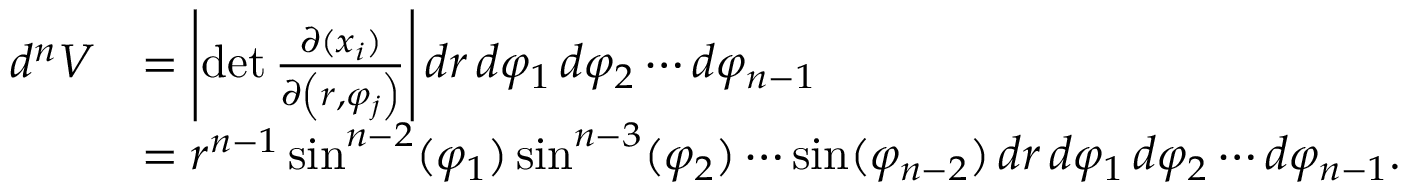
{ \begin{array} { r l } { d ^ { n } V } & { = \left| \operatorname* { d e t } { \frac { \partial ( x _ { i } ) } { \partial \left( r , \varphi _ { j } \right) } } \right| d r \, d \varphi _ { 1 } \, d \varphi _ { 2 } \cdots d \varphi _ { n - 1 } } \\ & { = r ^ { n - 1 } \sin ^ { n - 2 } ( \varphi _ { 1 } ) \sin ^ { n - 3 } ( \varphi _ { 2 } ) \cdots \sin ( \varphi _ { n - 2 } ) \, d r \, d \varphi _ { 1 } \, d \varphi _ { 2 } \cdots d \varphi _ { n - 1 } . } \end{array} }